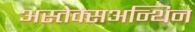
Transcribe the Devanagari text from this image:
अस्तेक्सअन्थिन